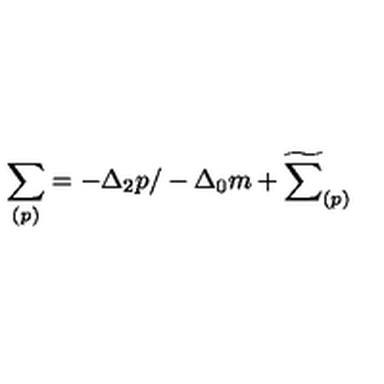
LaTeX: \sum _ { ( p ) } = - \Delta _ { 2 } p / - \Delta _ { 0 } m + \widetilde { \sum } _ { ( p ) }